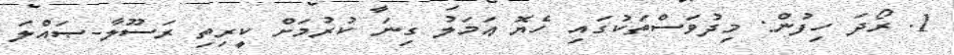
1. ރޯދަ ހިފުން: މިދުވަސްތަކުގައި ހެޔޮ ޢަމަލު ގިނަ ކުރުމަށް ކީރިތި ރަސޫލާ-ޞައްލަ